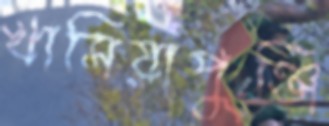
খাসিয়াপুঞ্জি